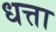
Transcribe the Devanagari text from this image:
धत्ता